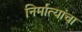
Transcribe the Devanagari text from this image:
निर्मात्यांचा